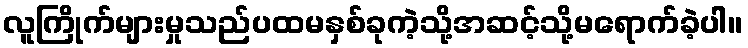
လူကြိုက်များမှုသည်ပထမနှစ်ခုကဲ့သို့အဆင့်သို့မရောက်ခဲ့ပါ။